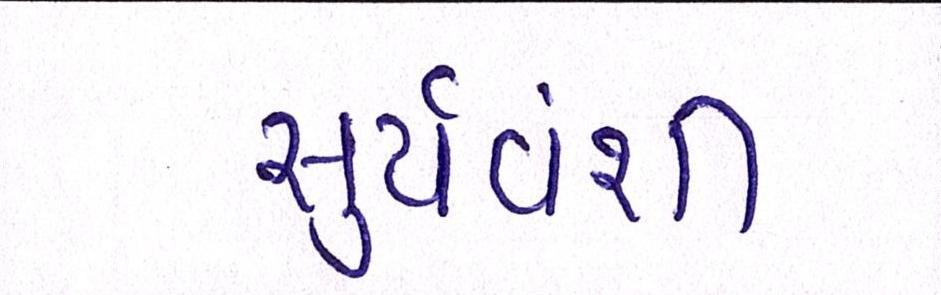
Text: સુર્યવંશી